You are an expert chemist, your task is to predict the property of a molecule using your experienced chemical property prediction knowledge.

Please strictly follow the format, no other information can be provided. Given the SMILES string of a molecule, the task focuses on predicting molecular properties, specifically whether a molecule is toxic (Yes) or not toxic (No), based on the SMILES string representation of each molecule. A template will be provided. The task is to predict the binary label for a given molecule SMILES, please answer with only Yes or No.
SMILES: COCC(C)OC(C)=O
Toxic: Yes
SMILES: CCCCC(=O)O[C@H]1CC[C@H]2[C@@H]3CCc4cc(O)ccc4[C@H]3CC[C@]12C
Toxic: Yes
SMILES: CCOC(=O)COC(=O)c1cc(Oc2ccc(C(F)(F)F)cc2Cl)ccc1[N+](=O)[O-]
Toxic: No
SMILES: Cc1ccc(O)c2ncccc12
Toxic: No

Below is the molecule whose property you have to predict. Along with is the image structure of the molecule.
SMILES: COC(=O)[C@@H]1CC2=CC(=O)CC[C@]2(C)[C@@]23O[C@@H]2C[C@@]2(C)[C@@H](CC[C@@]24CCC(=O)O4)[C@H]13
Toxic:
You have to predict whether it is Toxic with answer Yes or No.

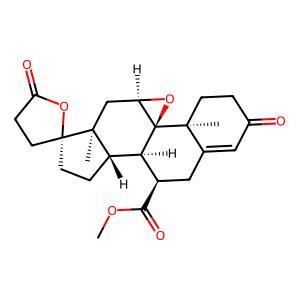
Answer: No